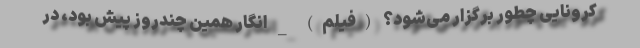
کرونایی چطور برگزار می‌شود؟ (فیلم) _ انگار همین چندروز پیش بود، در